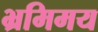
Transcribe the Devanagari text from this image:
भ्रमिमय